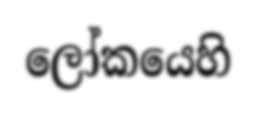
ලෝකයෙහි